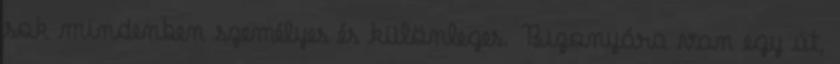
sok mindenben személyes és különleges. Bizonyára van egy út,